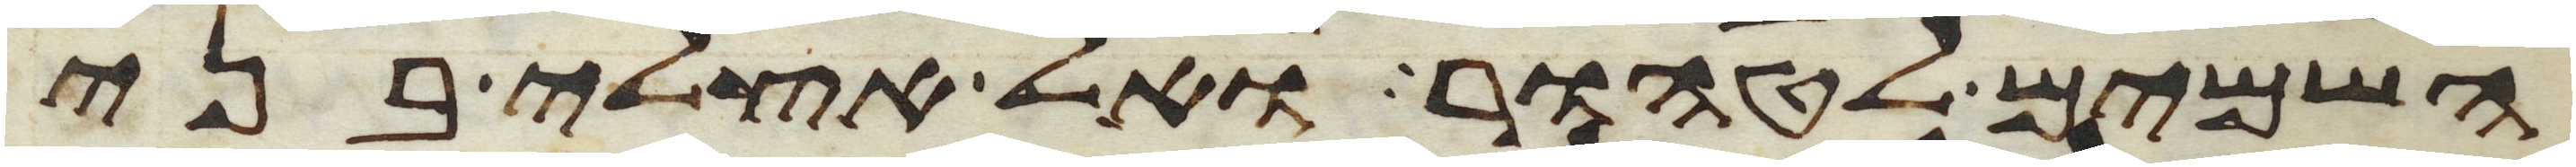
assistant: השמים לטהור ואל אצלי בני